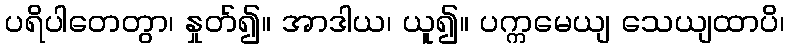
ပရိပါတေတွာ၊ နှုတ်၍။ အာဒါယ၊ ယူ၍။ ပက္ကမေယျ သေယျထာပိ၊